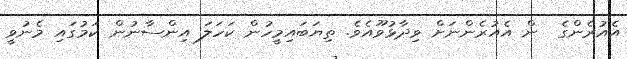
އެއުރެންގެ  ން އެއުރެންނަށް ވިދާޅުވޫއެވެ. ތިޔަބައިމީހުން ކަހަލަ އިންސާނުން ކަމުގައި މެނުވީ